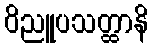
ဝိညူပသတ္ထာနိ